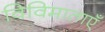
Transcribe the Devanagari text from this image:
विविमाताएँ